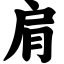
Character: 肩